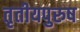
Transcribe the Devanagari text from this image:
तृतीयपुरुष